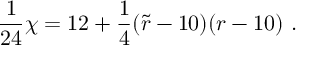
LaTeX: { \frac { 1 } { 2 4 } } \chi = 1 2 + { \frac { 1 } { 4 } } ( { \widetilde r } - 1 0 ) ( r - 1 0 ) ~ .